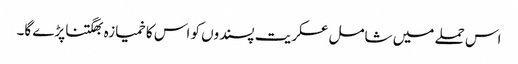
اس حملے میں شامل عسکریت پسندوں کو اس کا خمیازہ بھگتنا پڑے گا۔